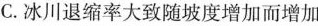
C.冰川退缩率大致随坡度增加而增加